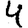
Digit: 4